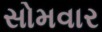
સોમવાર